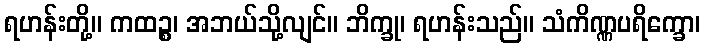
ရဟန်းတို့။ ကထဉ္စ၊ အဘယ်သို့လျင်။ ဘိက္ခု၊ ရဟန်းသည်။ သံကိဏ္ဏပရိက္ခော၊